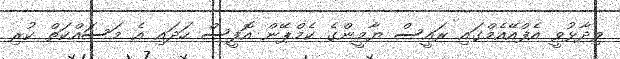
ވިދާޅުވީ އެފްއޭއެމްގައި ރައީސް ޔާމީންގެ ކެމްޕޭން އޮފީސް ހަދައި އެ މަސައްކަތް ކުރި